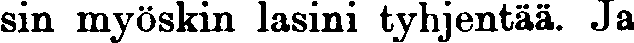
sin myöskin lasini tyhjentää. Ja